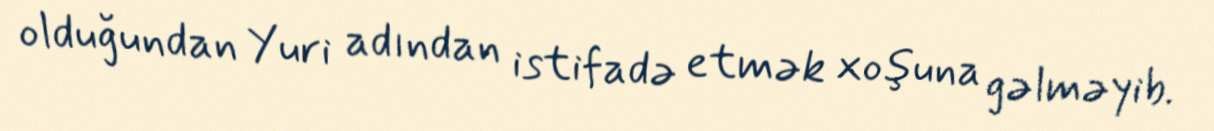
olduğundan Yuri adından istifadə etmək xoşuna gəlməyib.